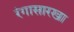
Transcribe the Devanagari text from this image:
रंगासारखा